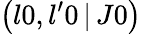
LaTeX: \left(l0,l^{\prime}0\, |\, J0\right)